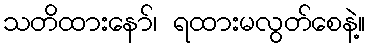
သတိထားနော်၊ ရထားမလွတ်စေနဲ့။